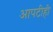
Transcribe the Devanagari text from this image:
आपटीही